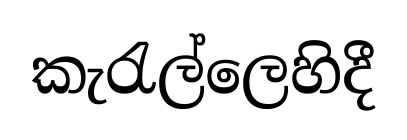
කැරැල්ලෙහිදී